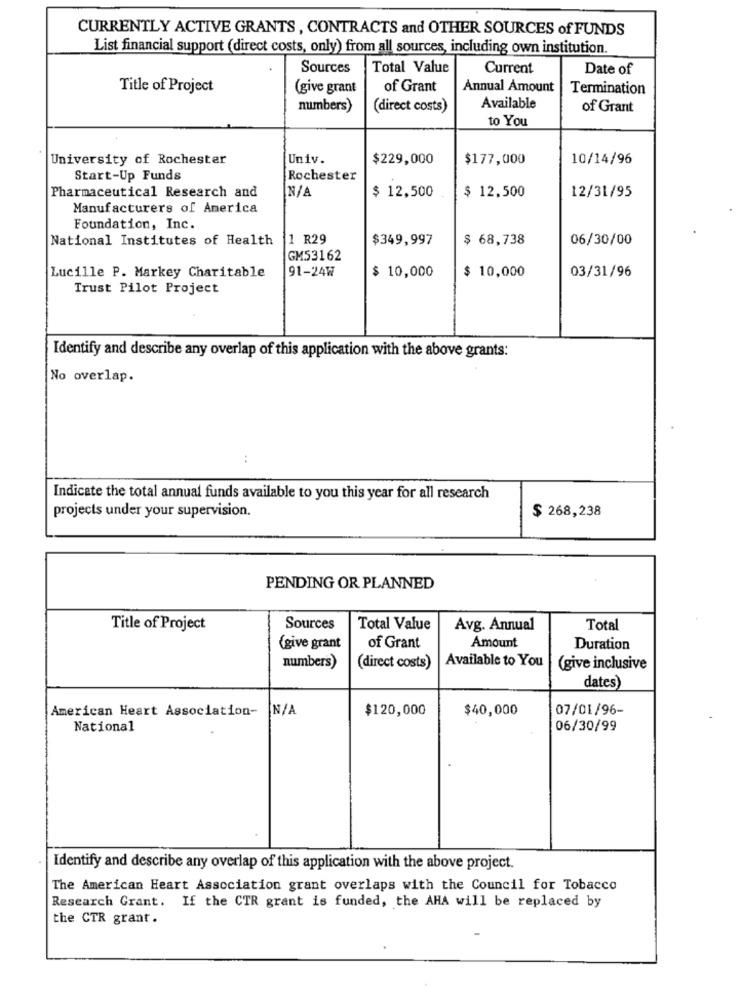
CURRENTLY ACTIVE GRANTS , CONTRACTS and OTHER SOURCES of FUNDS
List financial support (direct costs, only) from all sources, including own institution.
Sources
Total Value
Current
Date of
Title of Project
(give grant
of Grant
Annual Amount
Termination
numbers)
(direct costs)
Available
of Grant
to You
University of Rochester
Univ.
$229,000
$177,000
10/14/96
Start-Up Funds
Rochester
Pharmaceutical Research and
$ 12,500
$ 12.500
12/31/95
Manufacturers of America
Foundation, Inc.
National Institutes of Health
1 R29
$349,997
$ 68,738
06/30/00
GM53162
91-24W
$ 10,000
03/31/96
Lucille P. Markey Charitable
$ 10,000
Trust Pilot Project
Identify and describe any overlap of this application with the above grants:
No overlap.
Indicate the total annual funds available to you this year for all research
projects under your supervision.
$ 268,238
PENDING OR PLANNED
Title of Project
Sources
Total Value
Avg. Annual
Total
{give grant
of Grant
Amount
Duration
Available to You
numbers)
(direct costs)
(give inclusive
dates)
American Heart Association-
$120,000
$40,000
07/01/96-
National
06/30/99
Identify and describe any overlap of this application with the above project.
The American Heart Association grant overlaps with the Council for Tobacco
Research Grant. If the CTR grant is funded, the AHA will be replaced by
the CTR grant .